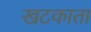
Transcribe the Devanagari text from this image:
खटकाता